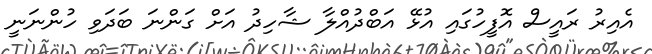
އެއިރު ރައީސް އޮފީހުގައި އުޅޭ އަބްދުއްލާ ޝާހިދު އަށް ގަންނަ ބަދަވި ހުންނަނީ